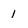
Character: 1